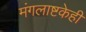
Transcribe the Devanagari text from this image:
मंगलाष्टकेही